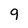
Character: 9